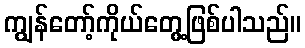
ကျွန်တော့်ကိုယ်တွေ့ဖြစ်ပါသည်။